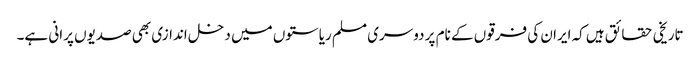
تاریخی حقائق ہیں کہ ایران کی فرقوں کے نام پر دوسری مسلم ریاستوں میں دخل اندازی بھی صدیوں پرانی ہے۔